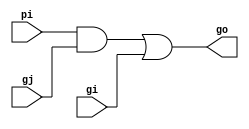
`timescale 1ns / 1ps
//////////////////////////////////////////////////////////////////////////////////
// Company: 
// Engineer: 
// 
// Design Name: 
// Module Name: gray_cell
// Project Name: 
// Target Devices: 
// Tool Versions: 
// Description: 
// 
// Dependencies: 
// 
// Revision:
// Revision 0.01 - File Created
// Additional Comments:
// 
//////////////////////////////////////////////////////////////////////////////////


module gray_cell(pi, gi, gj, go);
input pi, gi, gj; 
output go;

reg go; 

always @(*) begin
    go = (pi & gj) | gi;
end
endmodule